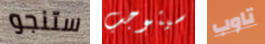
ستنجو سيتوجب تاوب